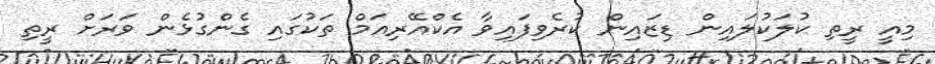
މިއީ ރީތި ކުލަކުލައިން ޑިޒައިން ކުރެވިފައިވާ އެކްއޭރިއަމް ތަކުގައި ގެންގުޅެން ވަރަށް ރީތި